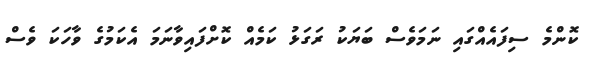
ކޮންމެ ސިފައެއްގައި ނަމަވެސް ބަޔަކު ރަގަޅު ކަމެއް ކޮށްފައިވާނަމަ އެކަމުގެ ވާހަކަ ވެސް